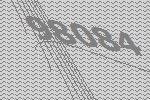
98084